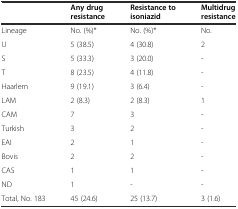
<table><thead><tr><td></td><td><b>Any drug resistance</b></td><td><b>Resistance to isoniazid</b></td><td><b>Multidrug resistance</b></td></tr></thead><tbody><tr><td>Lineage</td><td>No. (%)*</td><td>No. (%)*</td><td>No.</td></tr><tr><td>U</td><td>5 (38.5)</td><td>4 (30.8)</td><td>2</td></tr><tr><td>S</td><td>5 (33.3)</td><td>3 (20.0)</td><td>-</td></tr><tr><td>T</td><td>8 (23.5)</td><td>4 (11.8)</td><td>-</td></tr><tr><td>Haarlem</td><td>9 (19.1)</td><td>3 (6.4)</td><td>-</td></tr><tr><td>LAM</td><td>2 (8.3)</td><td>2 (8.3)</td><td>1</td></tr><tr><td>CAM</td><td>7</td><td>3</td><td>-</td></tr><tr><td>Turkish</td><td>3</td><td>2</td><td>-</td></tr><tr><td>EAI</td><td>2</td><td>1</td><td>-</td></tr><tr><td>Bovis</td><td>2</td><td>2</td><td>-</td></tr><tr><td>CAS</td><td>1</td><td>1</td><td>-</td></tr><tr><td>ND</td><td>1</td><td>-</td><td>-</td></tr><tr><td>Total, No. 183</td><td>45 (24.6)</td><td>25 (13.7)</td><td>3 (1.6)</td></tr></tbody></table>